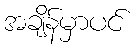
အချိန်မှာပင်